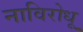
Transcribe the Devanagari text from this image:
नाविरोधू